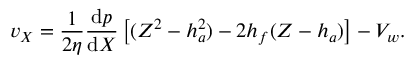
v _ { X } = { \frac { 1 } { 2 \eta } } { \frac { \mathrm { d } p } { \mathrm { d } X } } \left[ ( Z ^ { 2 } - h _ { a } ^ { 2 } ) - 2 h _ { f } ( Z - h _ { a } ) \right] - V _ { w } .